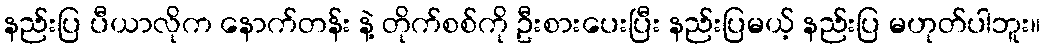
နည်းပြ ပီယာလိုက နောက်တန်း နဲ့ တိုက်စစ်ကို ဦးစားပေးပြီး နည်းပြမယ့် နည်းပြ မဟုတ်ပါဘူး။